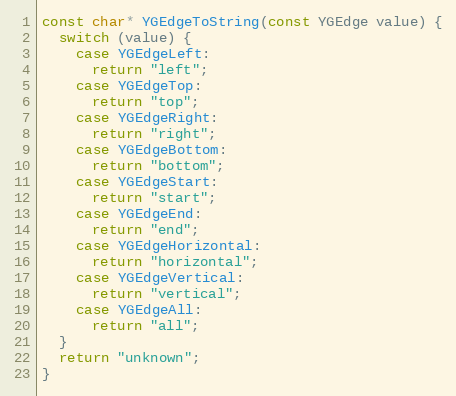
Language: C++
const char* YGEdgeToString(const YGEdge value) {
  switch (value) {
    case YGEdgeLeft:
      return "left";
    case YGEdgeTop:
      return "top";
    case YGEdgeRight:
      return "right";
    case YGEdgeBottom:
      return "bottom";
    case YGEdgeStart:
      return "start";
    case YGEdgeEnd:
      return "end";
    case YGEdgeHorizontal:
      return "horizontal";
    case YGEdgeVertical:
      return "vertical";
    case YGEdgeAll:
      return "all";
  }
  return "unknown";
}